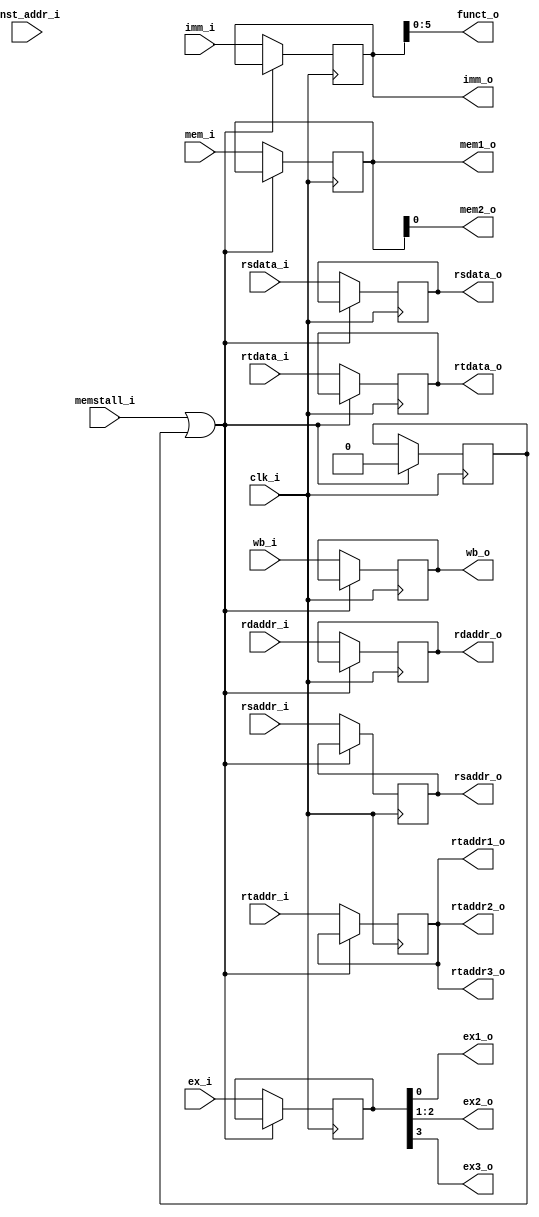
module ID_EX
(	
	memstall_i,
	clk_i,
	wb_i,
	mem_i,
	ex_i,
	inst_addr_i,
	rsdata_i,
	rtdata_i,
	imm_i,
	rsaddr_i,
	rtaddr_i,
	rdaddr_i,
	wb_o,
	mem1_o,
	mem2_o,
	ex1_o,
	ex2_o,
	ex3_o,
	rsdata_o,
	rtdata_o,
	imm_o,
	funct_o,
	rsaddr_o,
	rtaddr1_o,
	rtaddr2_o,
	rtaddr3_o,
	rdaddr_o
);

input			memstall_i;
input 			clk_i;
input	[1:0]	wb_i;
input	[1:0]	mem_i;
input	[3:0]	ex_i;
input	[31:0]	inst_addr_i, rsdata_i, rtdata_i, imm_i;
input	[4:0]	rsaddr_i, rtaddr_i, rdaddr_i;
output	[1:0]	wb_o;
output	[1:0]	mem1_o;
output  		mem2_o;
output			ex1_o, ex3_o;
output	[1:0]	ex2_o;
output	[31:0]	rsdata_o, rtdata_o, imm_o;
output	[5:0]	funct_o;
output	[4:0]	rsaddr_o, rtaddr1_o, rtaddr2_o, rtaddr3_o, rdaddr_o;

reg 	[1:0]	wb;
reg 	[1:0]	mem;
reg 	[3:0]	ex;
reg 	[31:0] 	inst_addr, rsdata, rtdata, imm;
reg 	[4:0]	rsaddr, rtaddr, rdaddr;

assign wb_o = wb;
assign mem1_o = mem;
assign mem2_o = mem[0];
assign ex1_o = ex[0];
assign ex2_o = ex[2:1];
assign ex3_o = ex[3];	
assign rsdata_o = rsdata;
assign rtdata_o = rtdata;
assign imm_o = imm;
assign funct_o = imm[5:0];
assign rsaddr_o = rsaddr;
assign rtaddr1_o = rtaddr;
assign rtaddr2_o = rtaddr;
assign rtaddr3_o = rtaddr;
assign rdaddr_o = rdaddr;

reg 	ini;
initial begin
	ini = 1;
end


always@(posedge clk_i) begin
	if	(memstall_i | ini)
		begin
		ini <= 0;
		end
	else 
		begin
			wb <= wb_i;
			mem <= mem_i;
			ex <= ex_i;
			inst_addr <= inst_addr_i;
			rsdata <= rsdata_i;
			rtdata <= rtdata_i;
			imm <= imm_i;
			rsaddr <= rsaddr_i;
			rtaddr <= rtaddr_i;
			rdaddr <= rdaddr_i;
		end
		
end

endmodule